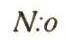
N:o